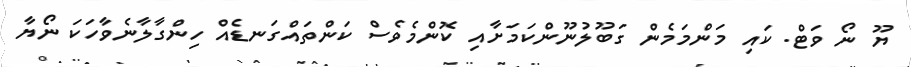
ޔޫ ނޯ ވަޓް. ކައި މަންމަމެން ގަބޫލުނޫންކަމަށާއި ކޮންމެވެސް ކަންތައްގަނޑެއް ހިންގާލާނެވާހަކަ ނޯޔާ